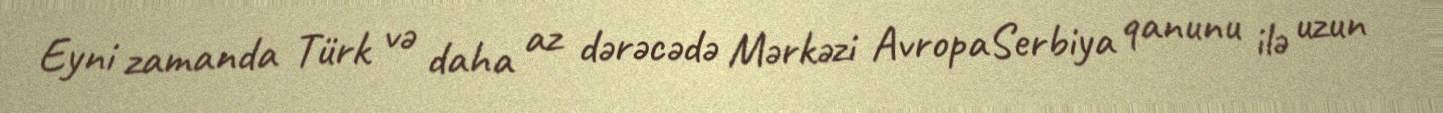
Eyni zamanda Türk və daha az dərəcədə Mərkəzi AvropaSerbiya qanunu ilə uzun